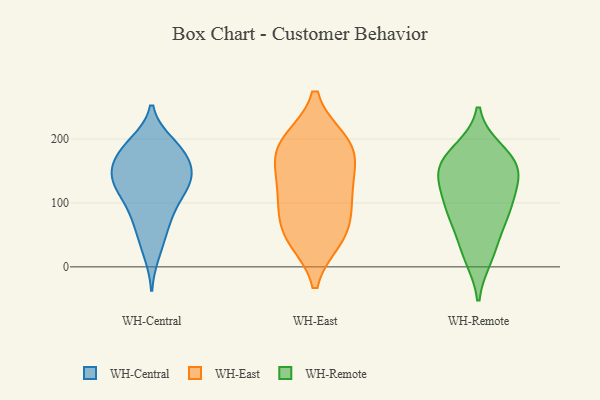
{"axis": {"x": "Satisfaction Score", "y": "Value"}, "legend": ["WH-Central", "WH-East", "WH-Remote"], "data": [{"x": "", "y": 132, "type": "WH-Central"}, {"x": "", "y": 189, "type": "WH-Central"}, {"x": "", "y": 85, "type": "WH-Central"}, {"x": "", "y": 69, "type": "WH-Central"}, {"x": "", "y": 118, "type": "WH-Central"}, {"x": "", "y": 161, "type": "WH-Central"}, {"x": "", "y": 163, "type": "WH-Central"}, {"x": "", "y": 124, "type": "WH-Central"}, {"x": "", "y": 90, "type": "WH-Central"}, {"x": "", "y": 187, "type": "WH-Central"}, {"x": "", "y": 47, "type": "WH-Central"}, {"x": "", "y": 193, "type": "WH-Central"}, {"x": "", "y": 130, "type": "WH-Central"}, {"x": "", "y": 181, "type": "WH-Central"}, {"x": "", "y": 156, "type": "WH-Central"}, {"x": "", "y": 137, "type": "WH-Central"}, {"x": "", "y": 22, "type": "WH-Central"}, {"x": "", "y": 140, "type": "WH-Central"}, {"x": "", "y": 171, "type": "WH-East"}, {"x": "", "y": 112, "type": "WH-East"}, {"x": "", "y": 185, "type": "WH-East"}, {"x": "", "y": 107, "type": "WH-East"}, {"x": "", "y": 56, "type": "WH-East"}, {"x": "", "y": 131, "type": "WH-East"}, {"x": "", "y": 195, "type": "WH-East"}, {"x": "", "y": 191, "type": "WH-East"}, {"x": "", "y": 54, "type": "WH-East"}, {"x": "", "y": 46, "type": "WH-East"}, {"x": "", "y": 143, "type": "WH-Remote"}, {"x": "", "y": 135, "type": "WH-Remote"}, {"x": "", "y": 79, "type": "WH-Remote"}, {"x": "", "y": 159, "type": "WH-Remote"}, {"x": "", "y": 165, "type": "WH-Remote"}, {"x": "", "y": 29, "type": "WH-Remote"}, {"x": "", "y": 86, "type": "WH-Remote"}, {"x": "", "y": 85, "type": "WH-Remote"}, {"x": "", "y": 161, "type": "WH-Remote"}, {"x": "", "y": 180, "type": "WH-Remote"}, {"x": "", "y": 17, "type": "WH-Remote"}, {"x": "", "y": 111, "type": "WH-Remote"}]}